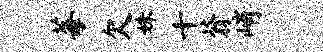
莓欠姝十蓊峭